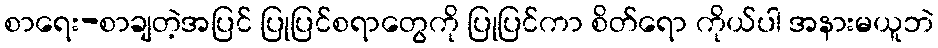
စာရေး-စာချတဲ့အပြင် ပြုပြင်စရာတွေကို ပြုပြင်ကာ စိတ်ရော ကိုယ်ပါ အနားမယူဘဲ